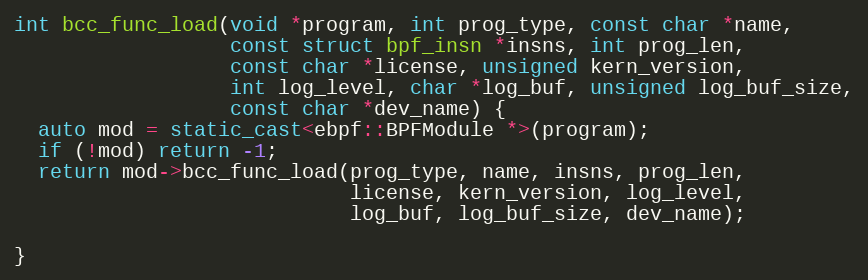
Language: C++
int bcc_func_load(void *program, int prog_type, const char *name,
                  const struct bpf_insn *insns, int prog_len,
                  const char *license, unsigned kern_version,
                  int log_level, char *log_buf, unsigned log_buf_size,
                  const char *dev_name) {
  auto mod = static_cast<ebpf::BPFModule *>(program);
  if (!mod) return -1;
  return mod->bcc_func_load(prog_type, name, insns, prog_len,
                            license, kern_version, log_level,
                            log_buf, log_buf_size, dev_name);

}